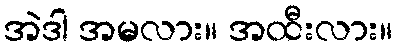
အဲဒါ အမလား။ အထီးလား။